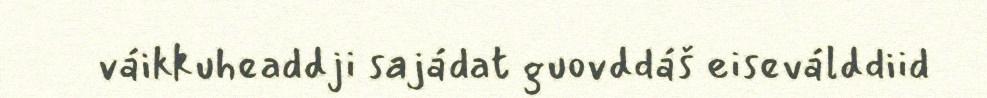
váikkuheaddji sajádat guovddáš eiseválddiid